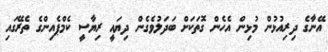
އޭނާގެ ދިރިއުޅުން މުޅިން އެހެން ގޮތަކަށް ބަދަލުވެގެން ދިޔައީ ރިޔާސީ ކެމްޕެއިންގެ ތެރޭގައި